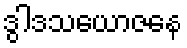
ဒွါဒသယောဇနေ